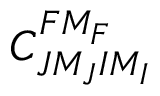
C _ { J M _ { J } I M _ { I } } ^ { F M _ { F } }